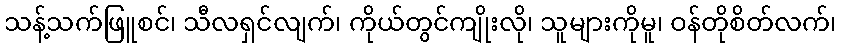
သန့်သက်ဖြူစင်၊ သီလရှင်လျက်၊ ကိုယ်တွင်ကျိုးလို၊ သူများကိုမူ၊ ဝန်တိုစိတ်လက်၊